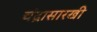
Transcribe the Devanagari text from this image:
चंद्रासारखी